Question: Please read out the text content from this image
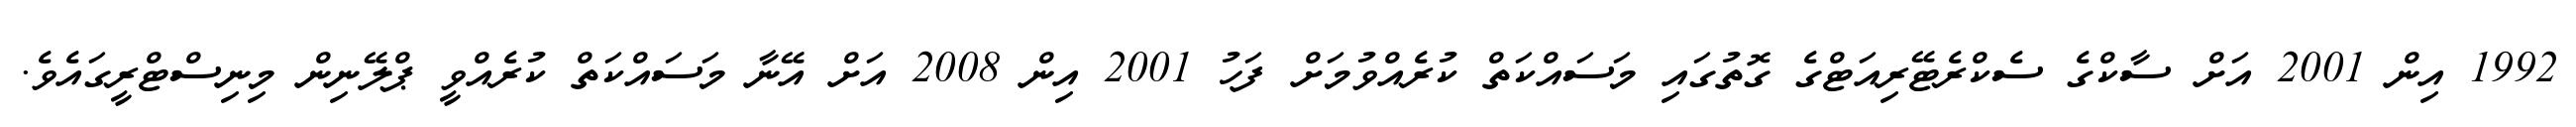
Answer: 1992 އިން 2001 އަށް ސާކްގެ ސެކްރެޓޭރިއަޓްގެ ގޮތުގައި މަސައްކަތް ކުރެއްވުމަށް ފަހު 2001 އިން 2008 އަށް އޭނާ މަސައްކަތް ކުރެއްވީ ޕްލޭނިން މިނިސްޓްރީގައެވެ.